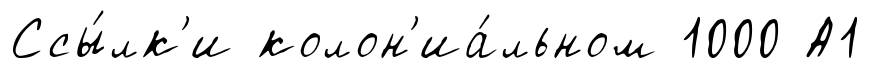
Ссы́лк'и колон'иа́льном 1000 А1